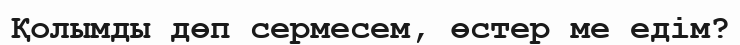
Қолымды дөп сермесем, өстер ме едім?